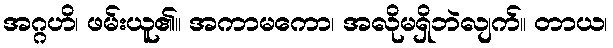
အဂ္ဂဟိ၊ ဖမ်းယူ၏။ အကာမကော၊ အလိုမရှိဘဲလျက်။ တာယ၊